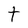
Character: t